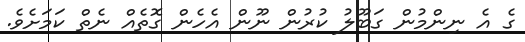
ގެ އެ ނިންމުން ގަބޫލު ކުރުން ނޫން އެހެން ގޮތެއް ނެތް ކަމަށެވެ.